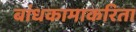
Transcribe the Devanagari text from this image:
बांधकामाकरिता